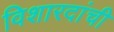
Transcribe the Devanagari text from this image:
विशारदांची